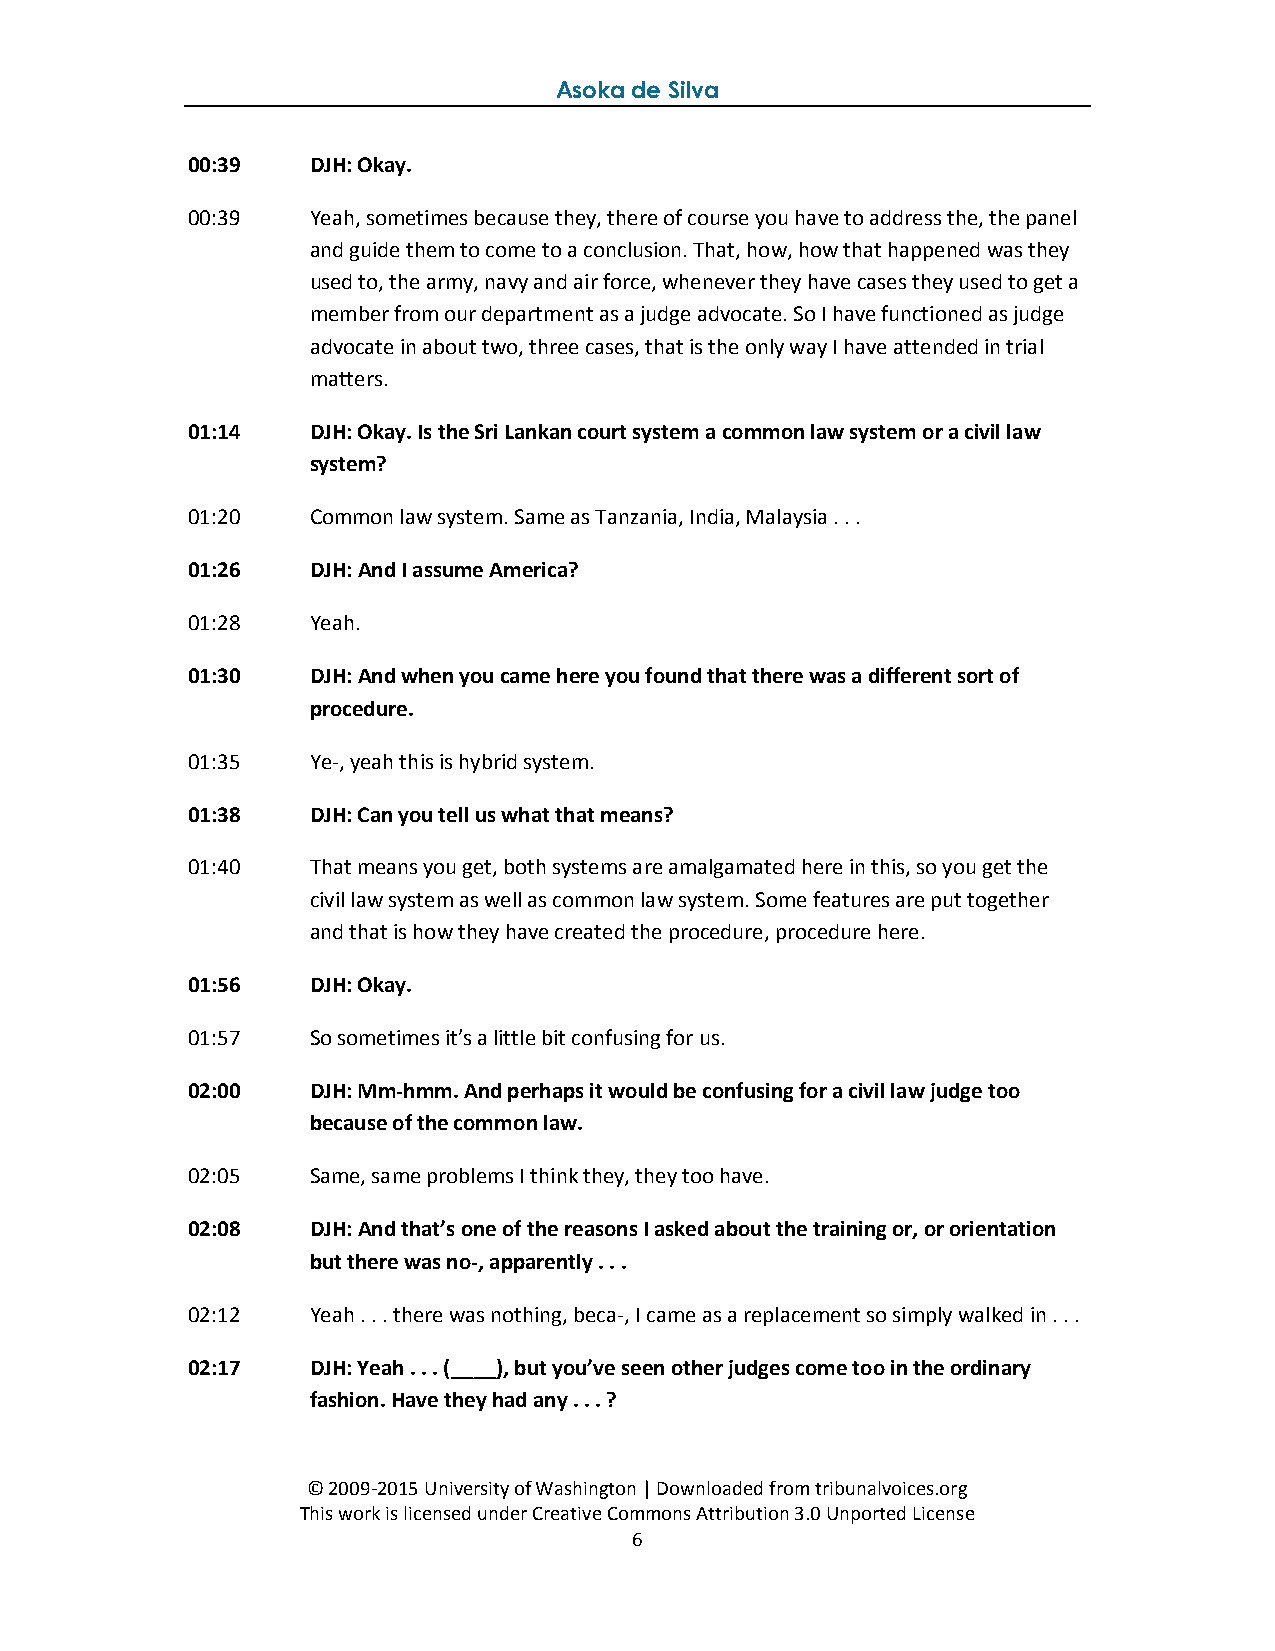
Asoka de Silva
 00:39   DJH: Okay.
 00:39   Yeah, sometimes because they, there of course you have to address the, the panel
 and guide them to come to a conclusion. That, how, how that happened was they
 used to, the army, navy and air force, whenever they have cases they used to get a
 member from our department as a judge advocate. So I have functioned as judge
 advocate in about two, three cases, that is the only way I have attended in trial
 matters.
 01:14   DJH: Okay. Is the Sri Lankan court system a common law system or a civil law
 system?
 01:20   Common law system. Same as Tanzania, India, Malaysia . . .
 01:26   DJH: And I assume America?
 01:28   Yeah.
 01:30   DJH: And when you came here you found that there was a different sort of
 procedure.
 01:35   Ye-, yeah this is hybrid system.
 01:38   DJH: Can you tell us what that means?
 01:40   That means you get, both systems are amalgamated here in this, so you get the
 civil law system as well as common law system. Some features are put together
 and that is how they have created the procedure, procedure here.
 01:56   DJH: Okay.
 01:57   So sometimes it’s a little bit confusing for us.
 02:00   DJH: Mm-hmm. And perhaps it would be confusing for a civil law judge too
 because of the common law.
 02:05   Same, same problems I think they, they too have.
 02:08   DJH: And that’s one of the reasons I asked about the training or, or orientation
 but there was no-, apparently . . .
 02:12   Yeah . . . there was nothing, beca-, I came as a replacement so simply walked in . . .
 02:17   DJH: Yeah . . . (____), but you’ve seen other judges come too in the ordinary
 fashion. Have they had any . . . ?
 © 2009-2015 University of Washington | Downloaded from tribunalvoices.org
 This work is licensed under Creative Commons Attribution 3.0 Unported License
 6